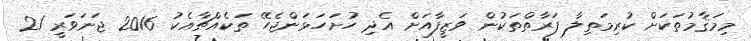
މިމަޤާމުތަކަށް ކުރިމަތިލާ ފަރާތްތަކުން ވަޒީފާއަށް އެދި ހުށަހަޅަންޖެހޭ ތަކެއްޗާއެކު 2016 ޖަނަވަރީ 21